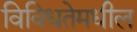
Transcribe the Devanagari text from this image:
विविधतेमधील